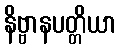
နိဗ္ဗာနပတ္တိယာ